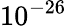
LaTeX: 10^{-26}